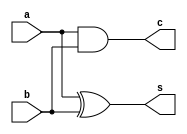
`timescale 1ns / 1ps
//////////////////////////////////////////////////////////////////////////////////
// Company: 
// Engineer: 
// 
// Design Name: 
// Module Name:    half_adder 
// Project Name: 
// Target Devices: 
// Tool versions: 
// Description: 
//
// Dependencies: 
//
// Revision: 
// Revision 0.01 - File Created
// Additional Comments: 
//
//////////////////////////////////////////////////////////////////////////////////
module half_adder(s,c,a,b);
input a,b;
output s,c;
and(c,a,b);
xor (s,a,b);
endmodule